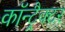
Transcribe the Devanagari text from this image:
कॉन्ट्रैक्टर